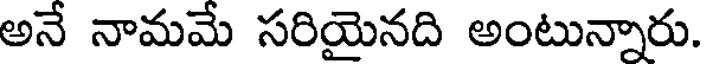
అనే నామమే సరియైనది అంటున్నారు.